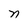
Character: n